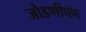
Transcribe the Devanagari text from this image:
जोडणीपण